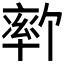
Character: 𫧦